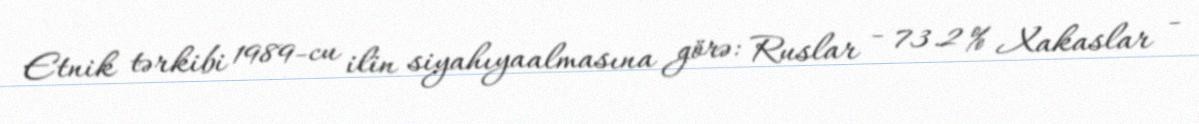
Etnik tərkibi 1989-cu ilin siyahıyaalmasına görə: Ruslar - 73.2 % Xakaslar -